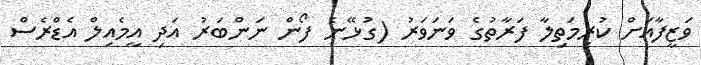
ވަޒީފާއަށް ކުރިމަތިލާ ފަރާތުގެ ވަނަވަރު (ގުޅޭނެ ފޯން ނަންބަރު އަދި އީމެއިލް އެޑްރެސް